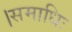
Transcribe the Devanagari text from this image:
।समाधिः